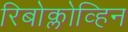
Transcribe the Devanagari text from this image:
रिबोक्लोव्हिन